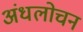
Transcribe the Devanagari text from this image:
अंधलोचन